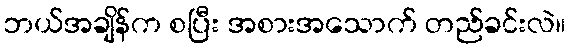
ဘယ်အချိန်က စပြီး အစားအသောက် တည်ခင်းလဲ။